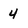
Character: 4